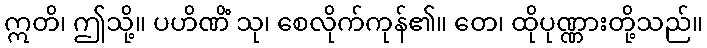
ဣတိ၊ ဤသို့။ ပဟိဏိံ သု၊ စေလိုက်ကုန်၏။ တေ၊ ထိုပုဏ္ဏားတို့သည်။